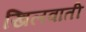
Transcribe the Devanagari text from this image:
खिलवाती